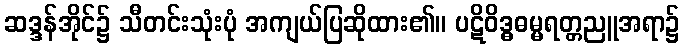
ဆဒ္ဒန်အိုင်၌ သီတင်းသုံးပုံ အကျယ်ပြဆိုထား၏။ ပဋိဝိဒ္ဓဓမ္မရတ္တညူအရာ၌